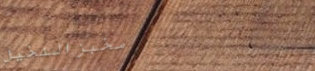
مخبز النخيل